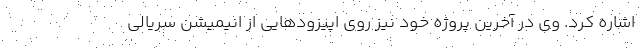
اشاره کرد. وی در آخرین پروژه خود نیز روی اپیزودهایی از انیمیشن سریالی